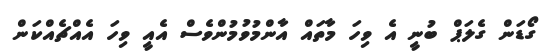
ގޯޑަން ގެލަޕް ބުނީ އެ ވިހަ މާތައް އާންމުވުމުންވެސް އެއީ ވިހަ އެއްޗެއްކަން